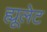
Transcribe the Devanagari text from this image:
ह्यूलेट